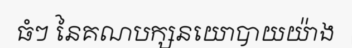
ធំៗ នៃគណបក្សនយោបាយយ៉ាង